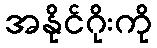
အနိုင်ဂိုးကို